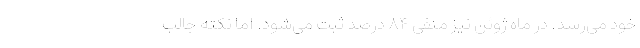
خود می‌رسد. در ماه ژوئن نیز منفی ۸۴ درصد ثبت می‌شود. اما نکته جالب